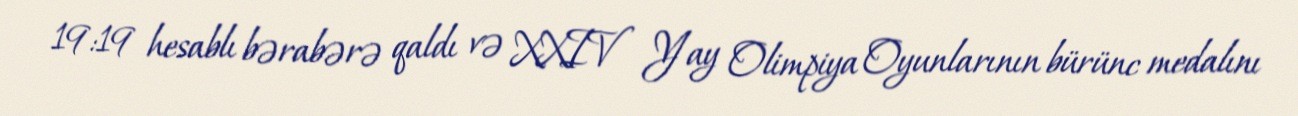
19:19 hesablı bərabərə qaldı və XXIV Yay Olimpiya Oyunlarının bürünc medalını